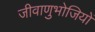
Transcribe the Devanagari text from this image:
जीवाणुभोजियों